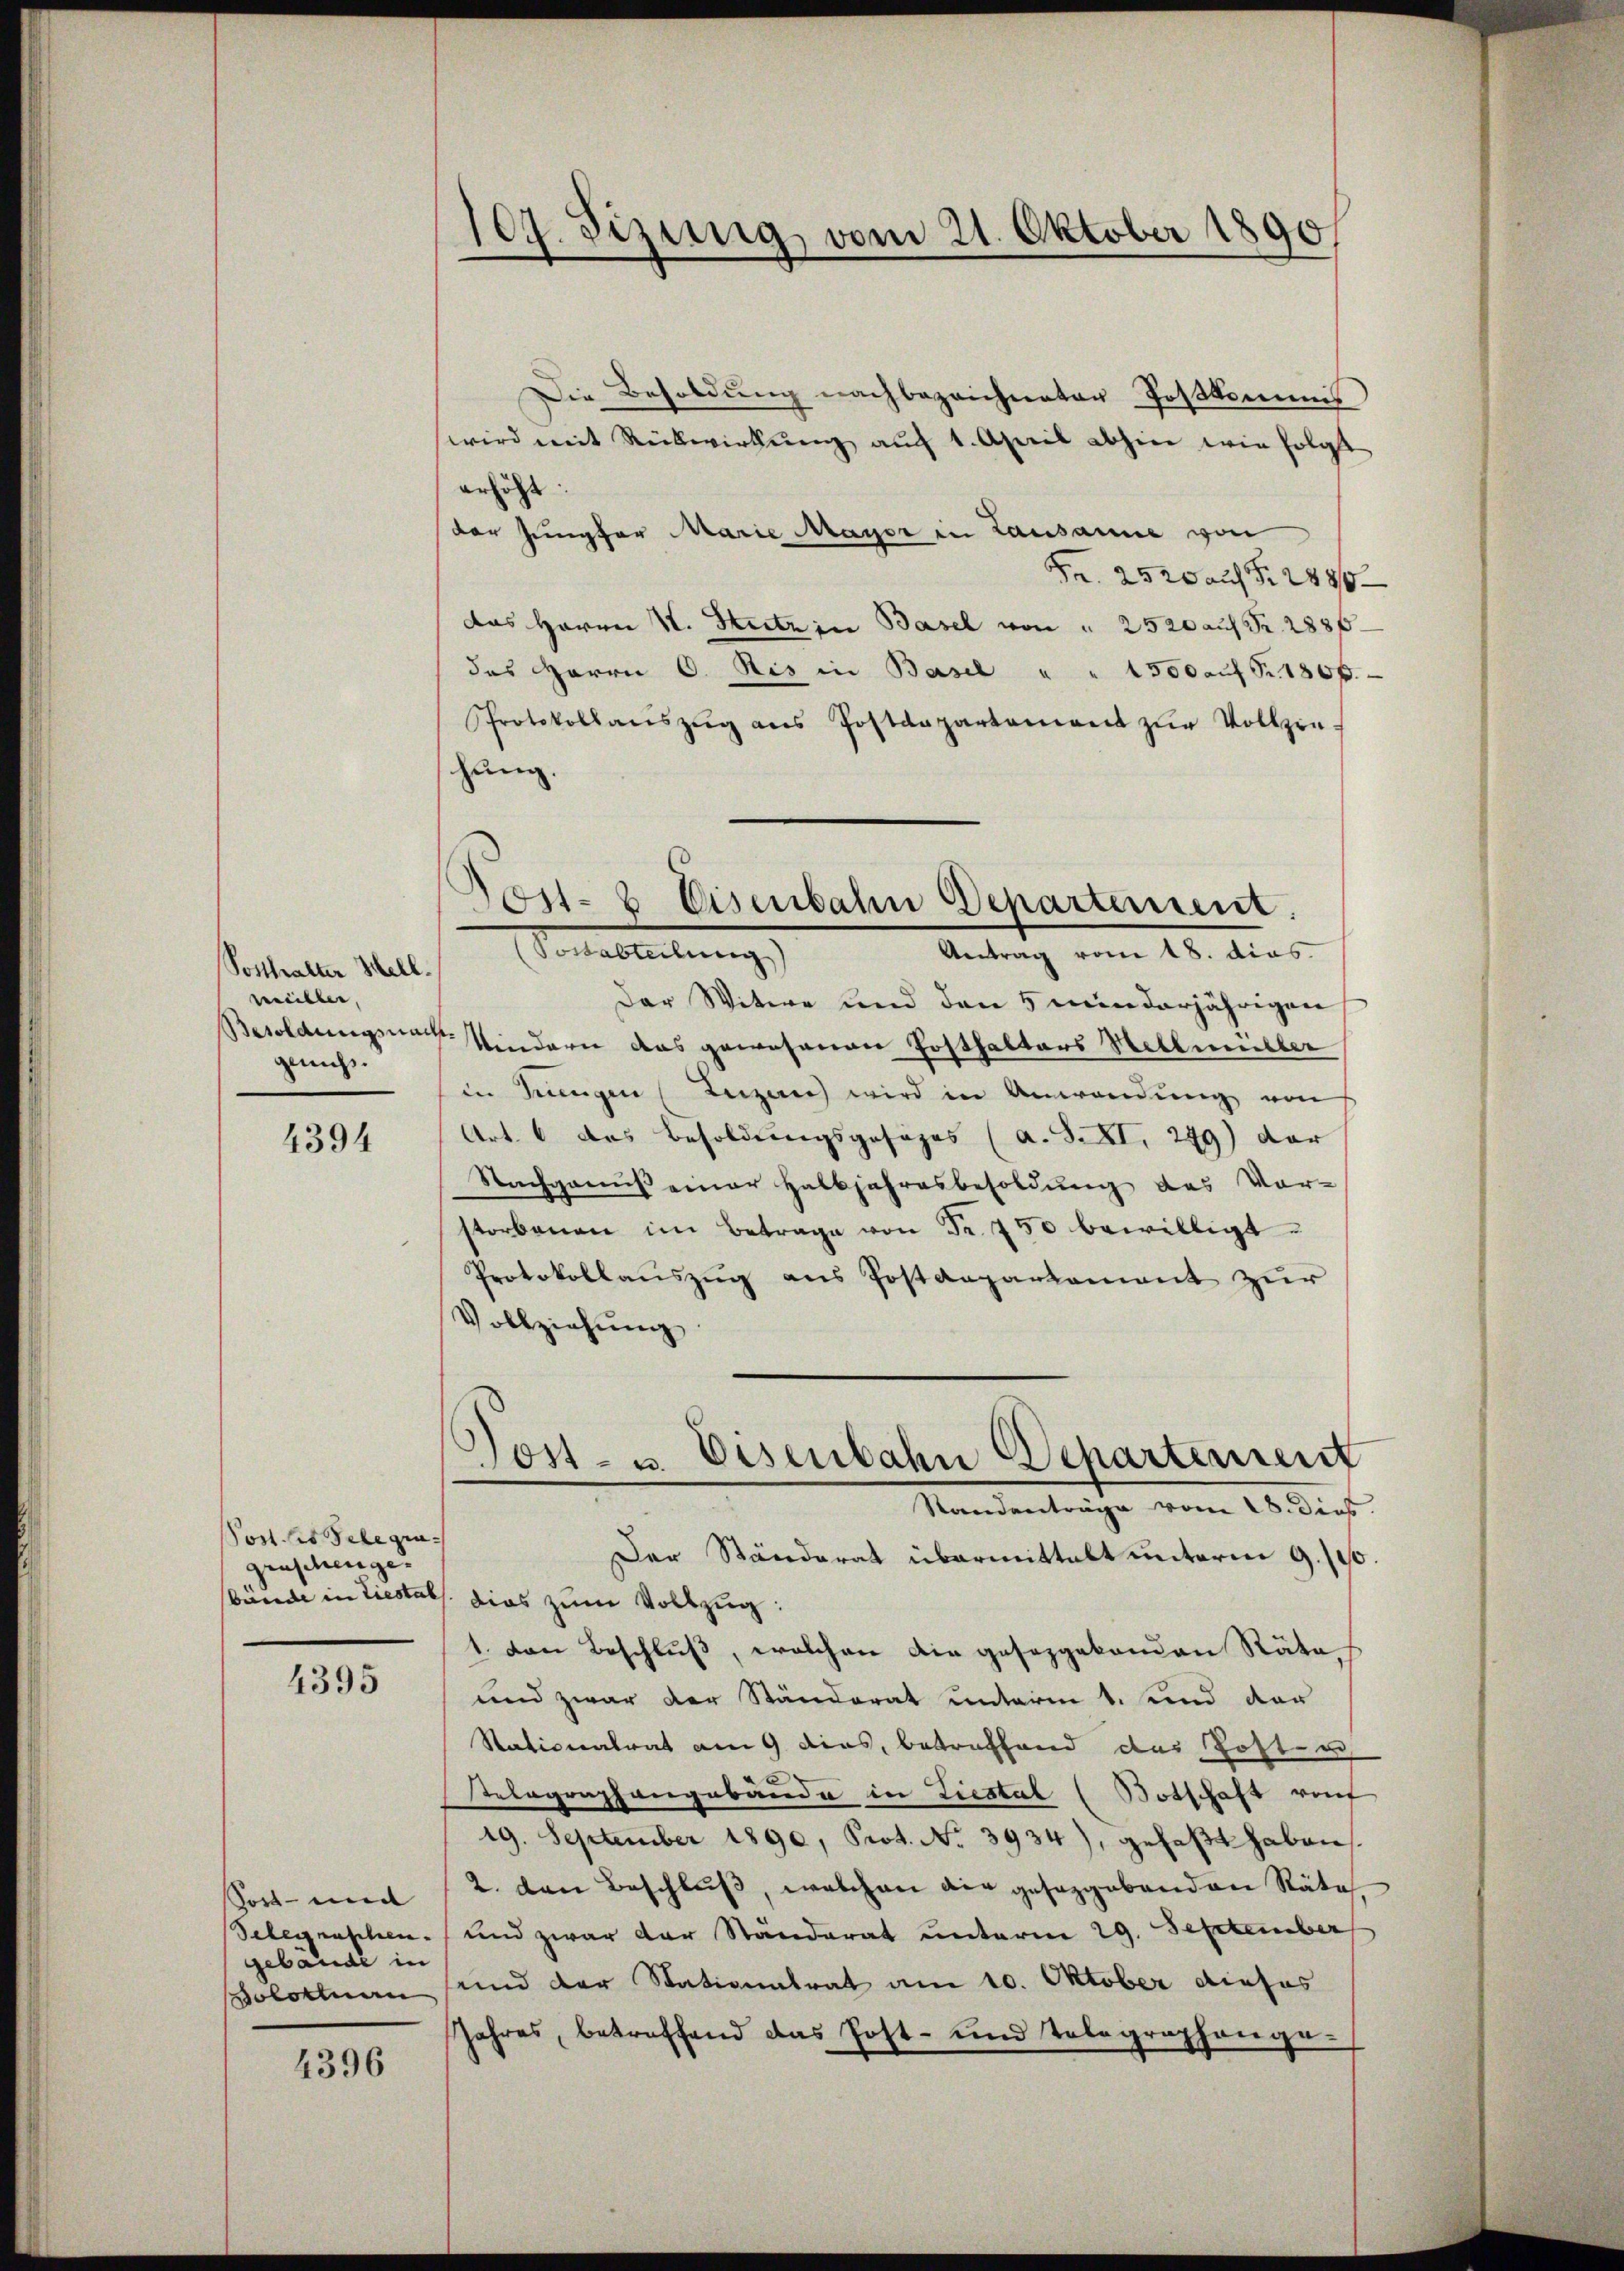
Posthalter Hell.
veiller,
gnis.

4394

Post des Telegragraschenge- |

4395

Sost- und |
gebäude in
Solothurn

4396

109. Sizinig, vom 21. Oktober 1890

Post- & Eisenbahn Departement.
(Postabteilung)
Antrag vom 18. dies

Die Besoldung nachbezeichneter Postkommis
wird mit Rückwirkŭng auch 1. April abhin wie folgt
erhöht.
der Jungfer Marie Mayer in Lausanne von
Fr. 2520 auf S. 2486
das Herrn V. Seitz in Basel von " 2520 auf Fr. 2886
des Herrn C. Ris in Basel " " 1500 auf Fr. 1806.
Protokollanszŭg ans Postenpartement zŭr Vollzie-
hung.
Der Witwe und den 5 minderjährigen
Besoldungsnach Kindern das gewesenen Posthalters Hellmüller
in Krungen (Leizen wird in Anwendŭng von
Art. 6 des Besoldungsgesezes (a. S. XI. 279) dar
Nachgenuß einer Halbjahresbesoldung des Vor-
storbenen im Betrage von Fr. 750 bewilligt.
Protokollauszug aus Postdepartement zur
Vollziehung
Gost- u. Eisenbahn Departement
Standenträge vom 28. dies
Der Ständerat übermittelt unterm 9. 190
sbände in Liestals dies zum Vollzug:
1. Dann Beschluß, welchen die gesezgabanden Räte
und zwar der Ständerat unterm 1. und der
Stationalrat am 9. dies, betreffend das Postu
Telegraphangebäude in Liestal (Botschaft ref
19. September 1890, Prot. No. 3934), gefaβt haben.
2. den Beschluß, welchen die gesetzgebenden Räte
Telegraschen und zwar der Ständerat unterm 29. September
und der Stationalrat am 10. Oktober dieses
Jahres, betreffend das Post- und Telegraphenge¬